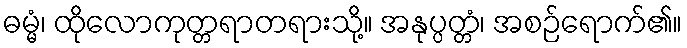
ဓမ္မံ၊ ထိုလောကုတ္တရာတရားသို့။ အနုပ္ပတ္တံ၊ အစဉ်ရောက်၏။